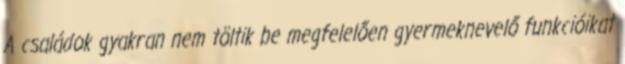
A családok gyakran nem töltik be megfelelően gyermeknevelő funkcióikat